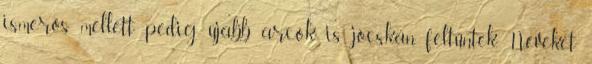
ismerős mellett pedig újabb arcok is jócskán feltűntek. Neveket